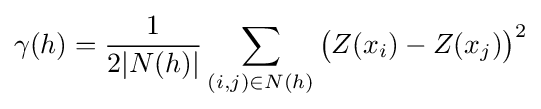
\gamma (h)={\frac {1}{2|N(h)|}}\sum _{(i,j)\in N(h)}{\big (}Z(x_{i})-Z(x_{j}){\big )}^{2}